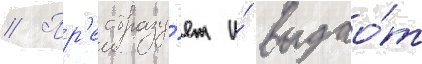
// Пр'еобразу́ет и́ выдао́т